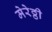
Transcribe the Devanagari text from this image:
मेरेठ्ठी